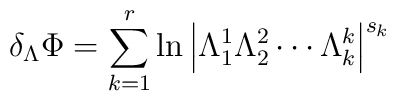
\delta _\Lambda\Phi =\sum_{k=1}^r\ln \left| \Lambda _1^1\Lambda _2^2\cdots \Lambda_k^k\right| ^{s_k}